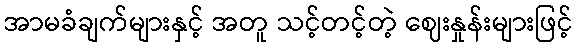
အာမခံချက်များနှင့် အတူ သင့်တင့်တဲ့ ဈေးနှုန်းများဖြင့်